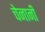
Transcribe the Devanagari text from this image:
चेनानी